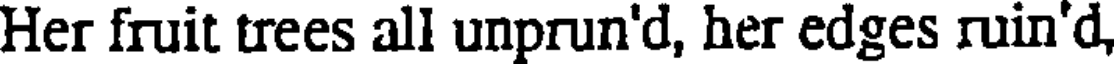
Her fruit trees all unprun'd, her edges ruin'd